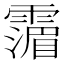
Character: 𩅹